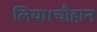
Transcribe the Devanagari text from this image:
लिया।चौहान